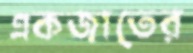
একজাতের